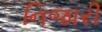
નિજારી